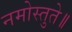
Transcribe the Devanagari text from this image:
नमोस्तुते॥